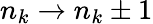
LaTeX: {{n}_{k}}\to{{n}_{k}}\pm 1